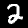
Digit: 2